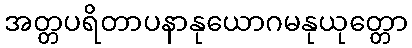
အတ္တပရိတာပနာနုယောဂမနုယုတ္တော